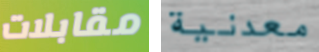
مقابلات معدنية